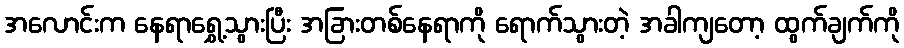
အလောင်းက နေရာရွှေ့သွားပြီး အခြားတစ်နေရာကို ရောက်သွားတဲ့ အခါကျတော့ ထွက်ချက်ကို